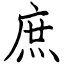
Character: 庶